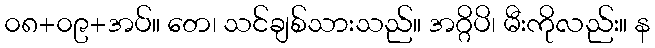
၀၈+၀၉+အပ်။ တေ၊ သင်ချစ်သားသည်။ အဂ္ဂိပိ၊ မီးကိုလည်း။ န